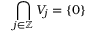
\bigcap _ { j \in \mathbb { Z } } V _ { j } = \{ 0 \}